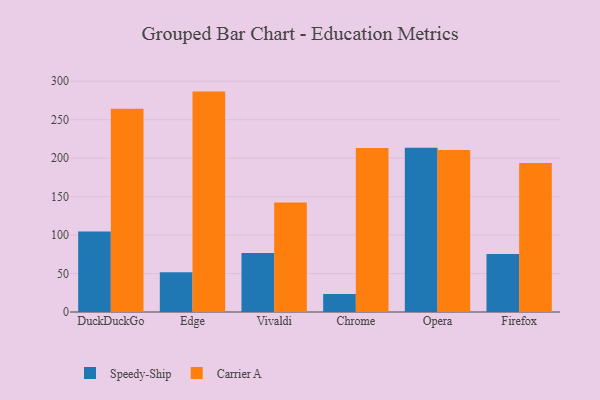
{"axis": {"x": "Browser", "y": "Net Income (USD K)"}, "legend": ["Carrier A", "Speedy-Ship"], "data": [{"x": "DuckDuckGo", "y": 104.5, "type": "Speedy-Ship"}, {"x": "DuckDuckGo", "y": 264.1, "type": "Carrier A"}, {"x": "Edge", "y": 51.7, "type": "Speedy-Ship"}, {"x": "Edge", "y": 286.5, "type": "Carrier A"}, {"x": "Vivaldi", "y": 76.6, "type": "Speedy-Ship"}, {"x": "Vivaldi", "y": 142.2, "type": "Carrier A"}, {"x": "Chrome", "y": 23.3, "type": "Speedy-Ship"}, {"x": "Chrome", "y": 213.1, "type": "Carrier A"}, {"x": "Opera", "y": 213.4, "type": "Speedy-Ship"}, {"x": "Opera", "y": 210.5, "type": "Carrier A"}, {"x": "Firefox", "y": 75.4, "type": "Speedy-Ship"}, {"x": "Firefox", "y": 193.6, "type": "Carrier A"}]}